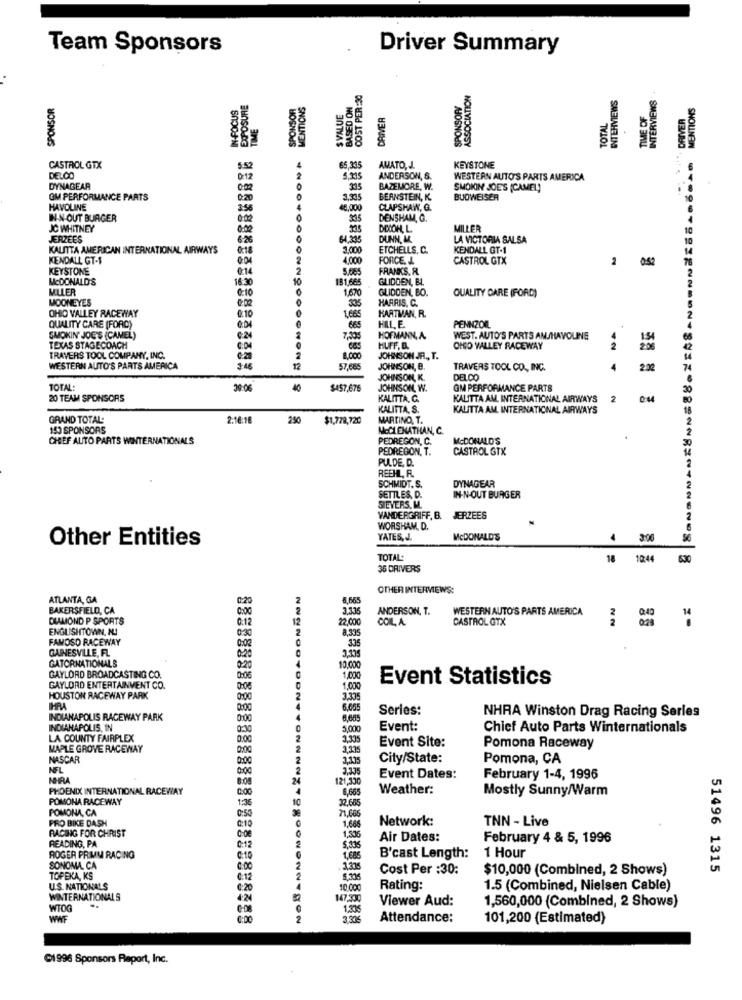
Team Sponsors
Driver Summary
COST PER:30
ASSOCIATION
INTERVIEWS
SPONSOR
IN-FOCUS
EXPOSURE
SPONSOR
MENTIONS
BASED ON
SPONSOR
INTERVIEWS
MENTIONS
S VALUE
DRIVER
TIME OF
DRIVER
TIME
TOTAL
CASTROL GTX
5.52
65,335
AMATO, J.
KEYSTONE
DELOO
0 12
5.115
ANDERSON, S.
WESTERN AUTO'S PARTS AMERICA
DYNAGEAR
315
BAZEMORE, W.
SMOKIN JOE'S (CAMEL)
GM PERFORMANCE PARTS
0:20
3,335
BERNSTEIN, K.
BUDWEISER
HAVOLINE
48,000
CLAPSHAW, G.
IN-N-OUT BURGER
0:02
DENSHAM, G.
JC WHITNEY
DIECON, L.
MILLER
JERZEES
6:26
DUNN. MC
LA VICTORIA SALSA
KALITTA AMERICAN INTERNATIONAL AIRWAYS
0:18
3,000
ETCHELLS, C.
KENDALL GT-1
KENDALL GT-S
004
4,000
FORCE. L.
CASTROL GTX
2 0.52
KEYSTONE
0:14
5.065
FRANKS. R.
MCDONALD'S
16:30
10
181,665
GLIDDEN, EL.
MLLER
1,670
GLIDDEN, BO.
QUALITY CARE (FORD)
MOONEYES
@:10
0:02
HARRIS, C.
ZER&ANG
OHIO VALLEY RACEWAY
2.10
HARTMAN, R.
PENNZOR
QUALITY CARE (FORC)
665
HILL, E.
SMOKIN' JOE'S (CAMEL)
7,105
HOFMANN, A.
WEST. AUTO'S PARTS AM/HAVOLINE
TEXAS STAGECOACH
HUFF. B.
OID VALLEY RACEWAY
TRAVERS TOOL COMPANY, INC.
8,000
JOHNSON JR ., T.
WESTERN AUTO'S PARTS AMERICA
3.48
57.665
JOHNSON, B.
TRAVERS TOOL CO ., INC.
4
JOHNSON, K.
DELCO
TOTAL
39:06
40
$457,676
JOHNSON, W.
GM PERFORMANCE PARTS
20 TEAM SPONSORS
KALITTA, C.
KALITTA AM, INTERNATIONAL AIRWAYS
2
KALITTA, S.
KALITTA AM INTERNATIONAL AIRWAYS
GRAND TOTAL
2:16:18
250
$1,779,720
MARTINO, T.
153 SPONSORS
MCCLENATHAN, C.
CHEF AUTO PARTS WINTERNATIONALS
PEDREGON, C.
MCDONALD'S
PEDREGON, T.
CASTROL GTX
PULDE, D.
REEHL, R.
DYNAGEAR
SCHMIDT. S.
SETTLES, D.
SIEVERS. M.
IN-N-OUT BURGER
VANDERGRIFF, B.
JERZEES
WORSHAM, D.
Other Entities
YATES, J.
MCDONALD'S
3:06
TOTAL:
18
12:44
630
36 DRIVERS
OTHER INTERVIEWS:
ATLANTA, GA
0-20
4,665
NN
BAKERSFIELD, CA
ANDERSON, T.
WESTERN AUTO'S PARTS AMERICA
DIAMOND P SPORTS
0.12
12
22,000
COIL A
CASTROL GTX
028
ENGLISHTOWN, NJ
8.335
FAMOSO RACEWAY
0:30
3.35
GAINESVILLE, FL
0:02
GATORNATIONALS
20
10,000
GAYLORD BROADCASTING CO.
0:06
1.000
Event Statistics
GAYLORD ENTERTAINMENT CO.
0:08
1.000
HOUSTON RACEWAY PARK
0:00
3.335
HRA
0:00
Series:
NHRA Winston Drag Racing Serles
INDIANAPOLIS RACEWAY PARK
0:00
INDIANAPOLIS, IN
0:30
5,000
Event:
Chief Auto Parts Winternationals
LA COUNTY FAIRPLEX
0.00
Event Site:
MAPLE GROVE RACEWAY
0:00
Pomona Raceway
NASCAR
0:00
2.115
City/State:
Pomona, CA
NEI
3.335
NHRA
8:08
121,330
Event Dates:
February 1-4, 1996
PHOENIX INTERNATIONAL RACEWAY
0:00
6,665
Weather:
Mostly Sunny/Warm
POMONA RACEWAY
1:36
32,665
POMONA, CA
0:50
10
71,686
PRO BIKE DASH
0:10
Network:
TNN - Live
RACING FOR CHRIST
1,686
1,50
0:00
Air Dates:
February 4 & 5, 1996
READING, PA
C:12
5,33
ROGER PRIMM RACING
1.68
B'cast Length:
1 Hour
SONOMA. CA
0:00
Cost Per :30:
$10,000 (Combined, 2 Shows)
51496 1315
TOPEKA, KS
0:12
5.035
U.S. NATIONALS
€.20
10 CC
Rating:
1.5 (Combined, Nielsen Cable)
WINTERNATIONALS
+24
147,300
Viewer Aud:
1,560,000 (Combined, 2 Shows)
WTOG
1,335
WWF
3315
Attendance:
101,200 (Estimated)
@1996 Sponsors Report, Inc.